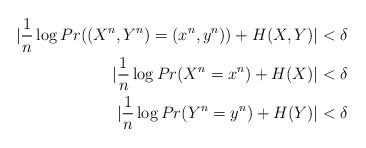
LaTeX: \begin{align*}|\frac{1}{n} \log Pr((X^n,Y^n) = (x^n,y^n)) + H(X,Y)| &< \delta \\|\frac{1}{n} \log Pr(X^n=x^n) + H(X)| &< \delta \\|\frac{1}{n} \log Pr(Y^n=y^n)+ H(Y)| &< \delta \end{align*}